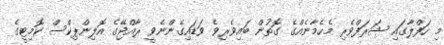
މި ހަފްލާގައި ޝަރަފްވެރި މެހެމާނެއްގެ ގޮތުން ބައިވެރިވެ ވަޑައިގެންނެވީ ރާއްޖޭގެ އޮލިންޕިކްސް ކޮމިޓީގެ